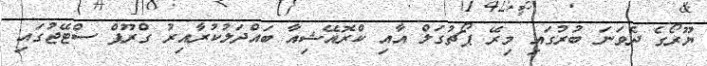
ޔޫރޯގެ ދެވަނަ ބުރުގައި މިރޭ ޕޯޗުގަލް އާއި ކްރޮއޭޝިއާ ބައްދަލުކުރާއިރު ގްރޫޕް ސްޓޭޖުގައި